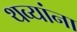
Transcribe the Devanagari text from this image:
थव्यांना